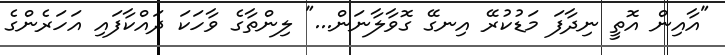
"އާއިން އޮތީ ނިދާފަ މަޑުކުރޭ އިނގޭ ގޮވާލާނަން..." ލިންތާގެ ވާހަކަ ދައްކާފައި އަހަރެންގެ